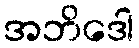
အဘိဒေါ